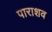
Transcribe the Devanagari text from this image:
पाराशव